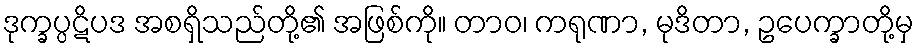
ဒုက္ခပ္ပဋိပဒ အစရှိသည်တို့၏ အဖြစ်ကို။ တာဝ၊ ကရုဏာ, မုဒိတာ, ဥပေက္ခာတို့မှ